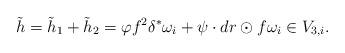
LaTeX: \begin{align*} \tilde{h}= \tilde{h}_1+ \tilde{h}_2=\varphi f^2\delta^*\omega_i+\psi \cdot dr\odot f\omega_i \in V_{3,i}.\end{align*}